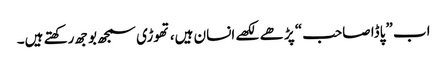
اب ”پاڈا صاحب“ پڑھے لکھے انسان ہیں، تھوڑی سمجھ بوجھ رکھتے ہیں۔